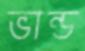
ভান্ড